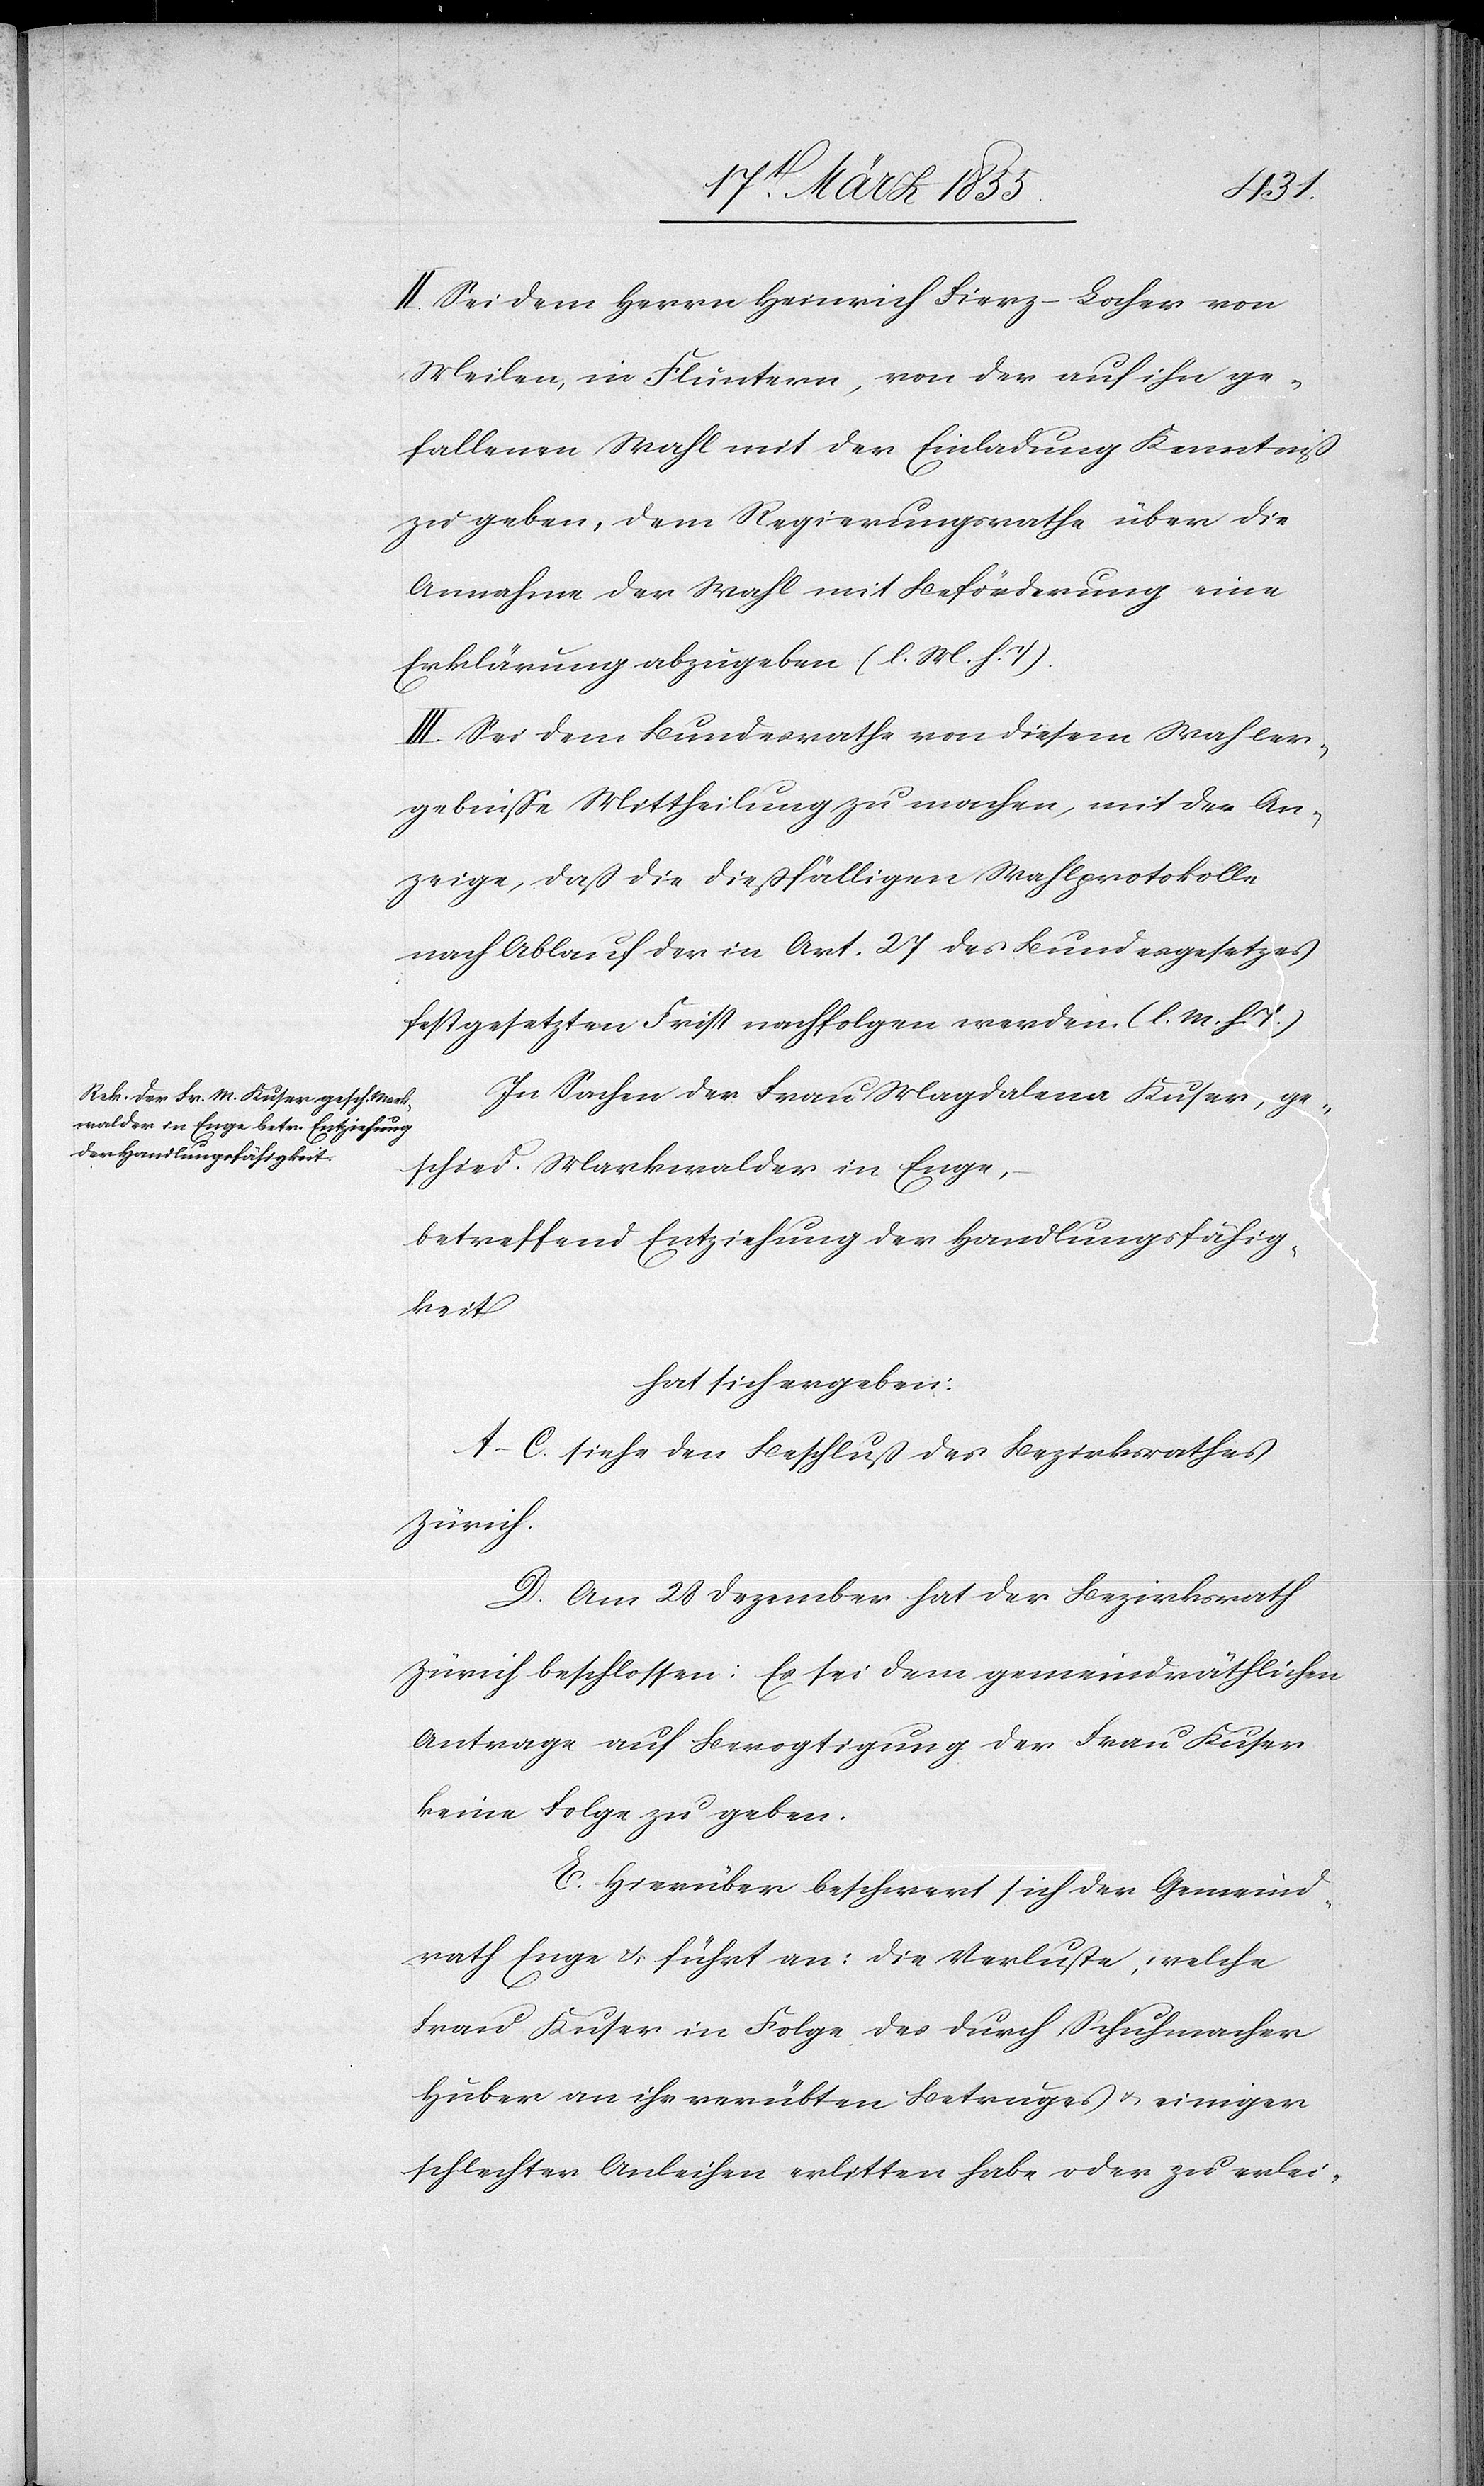
II. Sei dem Herrn Heinrich Fierz-Locher von
Meilen, in Fluntern, von der auf ihn ge¬
fallenen Wahl mit der Einladung Kenntniß
zu geben, dem Regierungsrathe über die
Annahme der Wahl mit Beförderung eine
Erklärung abzugeben (l. M. h. T).
III. Sei dem Bundesrathe von diesem Wahler¬
gebnisse Mittheilung zu machen, mit der An¬
zeige, daß die dießfälligen Wahlprotokolle
nach Ablauf der in Art. 27 des Bundesgesetzes
festgesetzten Frist nachfolgen werden. (l. M. h. T.)
In Sachen der Frau Magdalena Kuser, ge¬
schied. Markwalder in Enge,
betreffend Entziehung der Handlungsfähig¬
keit
hat sich ergeben:
A–C. siehe den Beschluß des Bezirksrathes
Zürich.
D. Am 28 Dezember hat der Bezirksrath
Zürich beschlossen: Es sei dem gemeindräthlichen
Antrage auf Bevogtigung der Frau Kuser
keine Folge zu geben.
E. Hierüber beschwert sich der Gemeind¬
rath Enge & führt an: Die Verluste, welche
Frau Kuser in Folge des durch Schuhmacher
Huber an ihr verübten Betruges & einiger
schlechter Anleihen erlitten habe oder zu erlei-